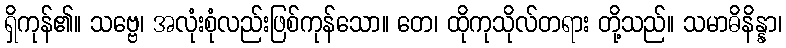
ရှိကုန်၏။ သဗ္ဗေ၊ အလုံးစုံလည်းဖြစ်ကုန်သော။ တေ၊ ထိုကုသိုလ်တရား တို့သည်။ သမာဓိနိန္နာ၊